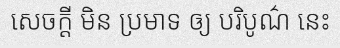
សេចក្តី មិន ប្រមាទ ឲ្យ បរិបូណ៌ នេះ